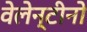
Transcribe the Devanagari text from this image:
वेलेन्टीनो